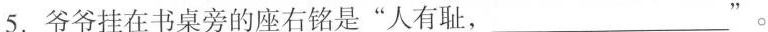
5.爷爷挂在书桌旁的座右铭是“人有耻，___”。